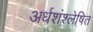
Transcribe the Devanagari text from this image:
अर्धशंश्लेषित